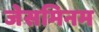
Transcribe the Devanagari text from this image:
जेसमिनम